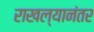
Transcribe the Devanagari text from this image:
राखल्यानंतर